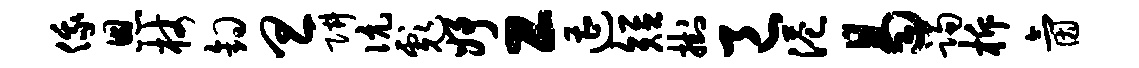
俄恩杖钩旦阱伉彪妤工遭短挂邑港曷躅柝氤